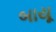
બાયૂ